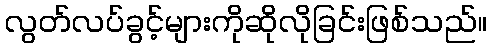
လွတ်လပ်ခွင့်များကိုဆိုလိုခြင်းဖြစ်သည်။